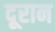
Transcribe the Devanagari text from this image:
दूरान